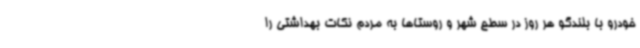
خودرو با بلندگو هر روز در سطح شهر و روستاها به مردم نکات بهداشتی را